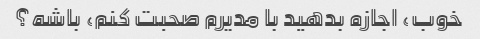
خوب، اجازه بدهید با مدیرم صحبت کنم، باشه؟